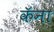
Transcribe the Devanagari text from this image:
कॅना